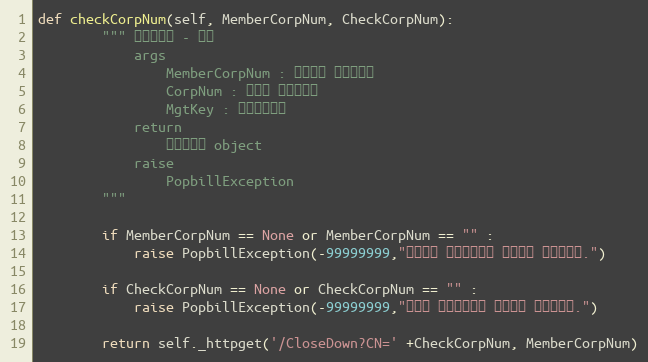
Language: Python
def checkCorpNum(self, MemberCorpNum, CheckCorpNum):
        """ 휴폐업조회 - 단건
            args
                MemberCorpNum : 팝빌회원 사업자번호
                CorpNum : 조회할 사업자번호
                MgtKey : 문서관리번호
            return
                휴폐업정보 object
            raise
                PopbillException
        """

        if MemberCorpNum == None or MemberCorpNum == "" :
            raise PopbillException(-99999999,"팝빌회원 사업자번호가 입력되지 않았습니다.")

        if CheckCorpNum == None or CheckCorpNum == "" :
            raise PopbillException(-99999999,"조회할 사업자번호가 입력되지 않았습니다.")

        return self._httpget('/CloseDown?CN=' +CheckCorpNum, MemberCorpNum)